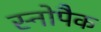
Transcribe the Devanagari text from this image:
स्नोपैक